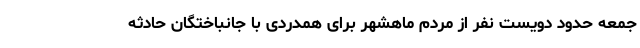
جمعه حدود دویست نفر از مردم ماهشهر برای همدردی با جانباختگان حادثه